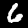
Label: 6